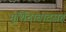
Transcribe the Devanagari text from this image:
मुर्शिदाबादसह